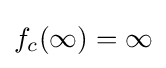
f_{c}(\infty )=\infty